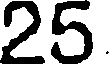
25